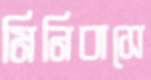
মিনিবাসে